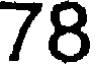
78